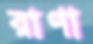
রাণা